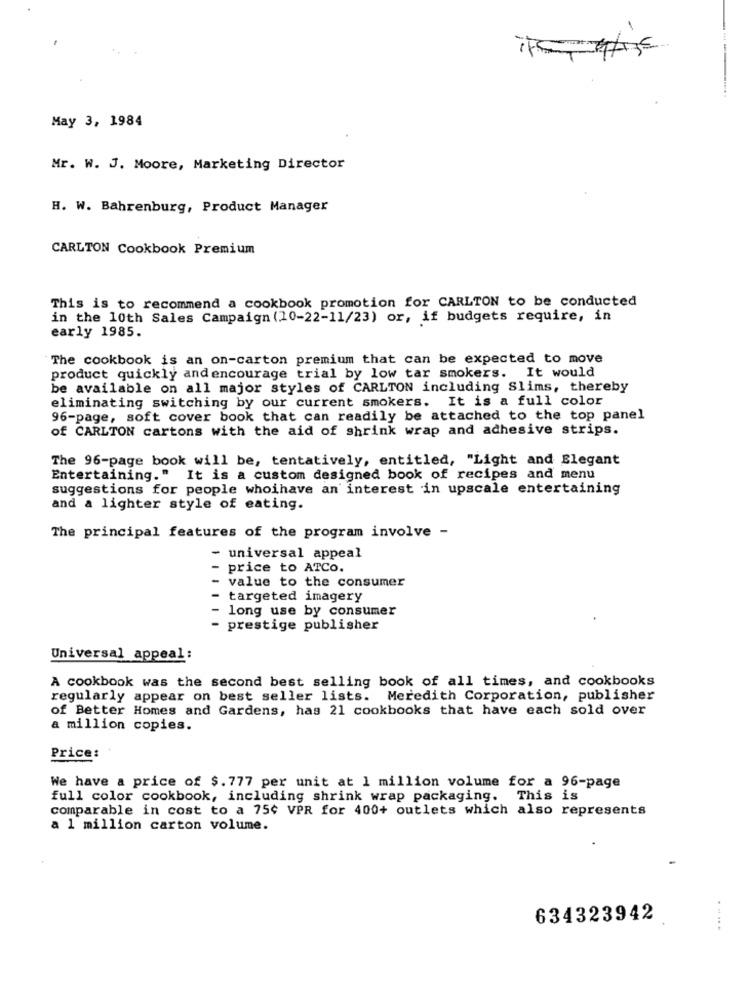
May 3, 1984
Mr. W. J. Moore, Marketing Director
H. W. Bahrenburg, Product Manager
CARLTON Cookbook Premium
This is to recommend a cookbook promotion for CARLTON to be conducted
in the 10th Sales Campaign (10-22-11/23) or, if budgets require, in
early 1985.
The cookbook is an on-carton premium that can be expected to move
product quickly and encourage trial by low tar smokers. It would
be available on all major styles of CARLTON including Slims, thereby
eliminating switching by our current smokers. It is a full color
96-page, soft cover book that can readily be attached to the top panel
of CARLTON cartons with the aid of shrink wrap and adhesive strips.
The 96-page book will be, tentatively, entitled, "Light and Elegant
Entertaining." It is a custom designed book of recipes and menu
suggestions for people whoihave an interest in upscale entertaining
and a lighter style of eating.
The principal features of the program involve -
- universal appeal
price to ATCO.
value to the consumer
targeted imagery
long use by consumer
prestige publisher
Universal appeal:
A cookbook was the second best selling book of all times, and cookbooks
regularly appear on best seller lists. Meredith Corporation, publisher
of Better Homes and Gardens, has 21 cookbooks that have each sold over
a million copies.
Price:
We have a price of $. 777 per unit at 1 million volume for a 96-page
full color cookbook, including shrink wrap packaging. This is
comparable in cost to a 75¢ VPR for 400+ outlets which also represents
a 1 million carton volume.
634323942